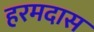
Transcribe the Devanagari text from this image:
हरमदास